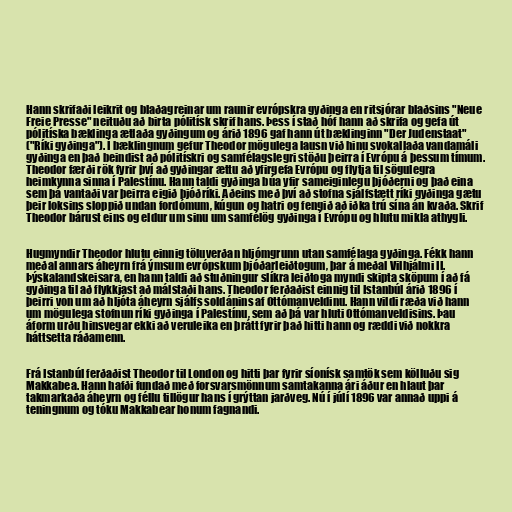
Hann skrifaði leikrit og blaðagreinar um raunir evrópskra gyðinga en ritsjórar blaðsins "Neue
Freie Presse" neituðu að birta pólitísk skrif hans. Þess í stað hóf hann að skrifa og gefa út
pólitíska bæklinga ætlaða gyðingum og árið 1896 gaf hann út bæklinginn "Der Judenstaat"
("Ríki gyðinga"). Í bæklingnum gefur Theodor mögulega lausn við hinu svokallaða vandamáli
gyðinga en það beindist að pólitískri og samfélagslegri stöðu þeirra í Evrópu á þessum tímum.
Theodor færði rök fyrir því að gyðingar ættu að yfirgefa Evrópu og flytja til sögulegra
heimkynna sinna í Palestínu. Hann taldi gyðinga búa yfir sameiginlegu þjóðerni og það eina
sem þá vantaði var þeirra eigið þjóðríki. Aðeins með því að stofna sjálfstætt ríki gyðinga gætu
þeir loksins sloppið undan fordómum, kúgun og hatri og fengið að iðka trú sína án kvaða. Skrif
Theodor bárust eins og eldur um sinu um samfélög gyðinga í Evrópu og hlutu mikla athygli.

Hugmyndir Theodor hlutu einnig töluverðan hljómgrunn utan samfélaga gyðinga. Fékk hann
meðal annars áheyrn frá ýmsum evrópskum þjóðarleiðtogum, þar á meðal Vilhjálmi II.
Þýskalandskeisara, en hann taldi að stuðningur slíkra leiðtoga myndi skipta sköpum í að fá
gyðinga til að flykkjast að málstaði hans. Theodor ferðaðist einnig til Istanbúl árið 1896 í
þeirri von um að hljóta áheyrn sjálfs soldánins af Ottómanveldinu. Hann vildi ræða við hann
um mögulega stofnun ríki gyðinga í Palestínu, sem að þá var hluti Ottómanveldisins. Þau
áform urðu hinsvegar ekki að veruleika en þrátt fyrir það hitti hann og ræddi við nokkra
háttsetta ráðamenn.

Frá Istanbúl ferðaðist Theodor til London og hitti þar fyrir síonísk samtök sem kölluðu sig
Makkabea. Hann hafði fundað með forsvarsmönnum samtakanna ári áður en hlaut þar
takmarkaða áheyrn og féllu tillögur hans í grýttan jarðveg. Nú í júlí 1896 var annað uppi á
teningnum og tóku Makkabear honum fagnandi.